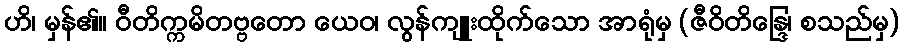
ဟိ၊ မှန်၏။ ဝီတိက္ကမိတဗ္ဗတော ယေဝ၊ လွန်ကျူးထိုက်သော အာရုံမှ (ဇီဝိတိန္ဒြေ၊ စသည်မှ)